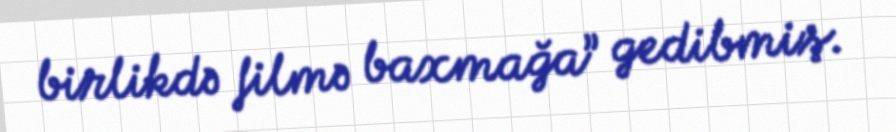
birlikdə filmə baxmağa” gedibmiş.